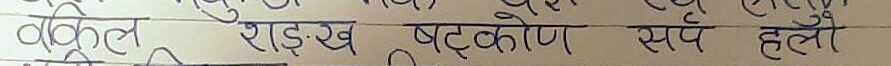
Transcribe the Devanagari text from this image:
वकील शंख षट्कोण सर्प हल्लोँ